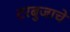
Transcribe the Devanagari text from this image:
टरबुजाचे